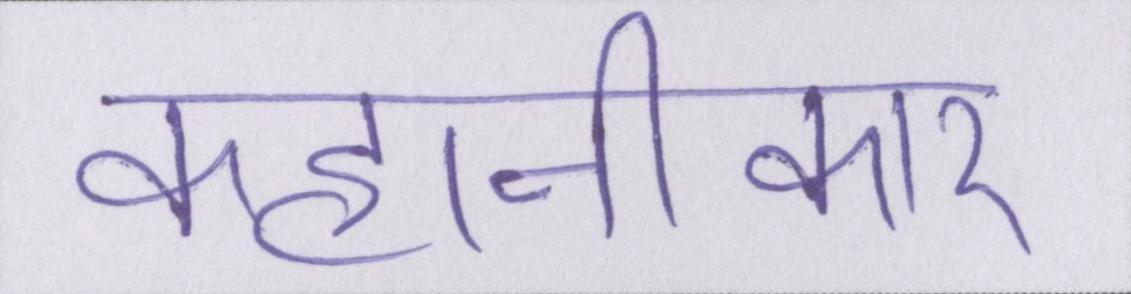
कहानीकार